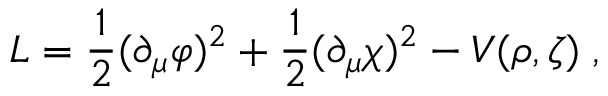
{ \cal L } = \frac { 1 } { 2 } ( \partial _ { \mu } \varphi ) ^ { 2 } + \frac { 1 } { 2 } ( \partial _ { \mu } \chi ) ^ { 2 } - V ( \rho , \zeta ) \; ,